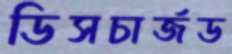
ডিসচার্জড